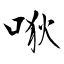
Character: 唙